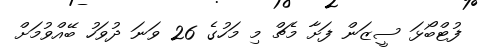
ފުޓްބޯޅަ ސީޒަން ފަށާ މެޗް މި މަހުގެ 26 ވަނަ ދުވަހު ބޭއްވުމަށް